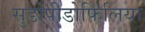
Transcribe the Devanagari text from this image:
सुडोपीडोफिलिया